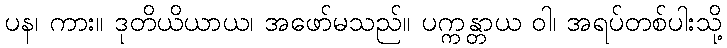
ပန၊ ကား။ ဒုတိယိယာယ၊ အဖော်မသည်။ ပက္ကန္တာယ ဝါ၊ အရပ်တစ်ပါးသို့